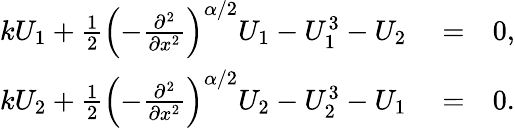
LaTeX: \begin{array}{rlr}{kU_{1}+\frac{1}{2}\left(-\frac{\partial^{2}}{\partial x^{2}}\right)^{\alpha/2}U_{1}-U_{1}^{3}-U_{2}}&{{}=}&{0,}\\ {kU_{2}+\frac{1}{2}\left(-\frac{\partial^{2}}{\partial x^{2}}\right)^{\alpha/2}U_{2}-U_{2}^{3}-U_{1}}&{{}=}&{0.}\end{array}